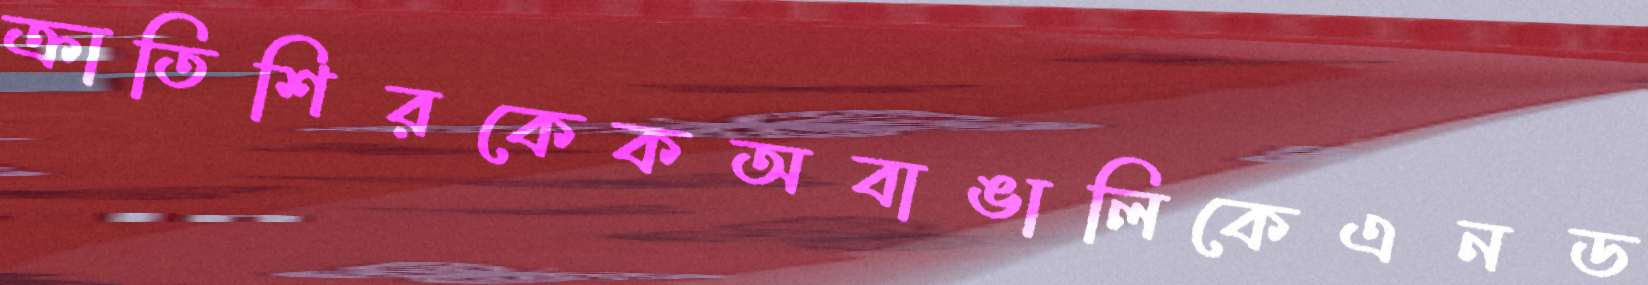
ক্রাতিশিরকেকঅবাঙালিকেএনড